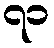
၇၁